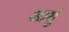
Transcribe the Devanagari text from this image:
आयूं